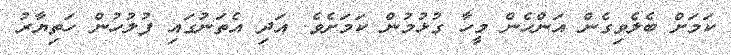
ކަމަށް ބެލެވިގެން އަންހެން މީހާ ގުޅުމުން ކަމަށެވެ. އަދި އެތަނުގައި ފުލުހުން ހަތިޔާރު